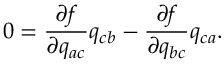
0 = \frac { \partial f } { \partial q _ { a c } } q _ { c b } - \frac { \partial f } { \partial q _ { b c } } q _ { c a } .